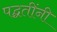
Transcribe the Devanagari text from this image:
पद्घतींनी